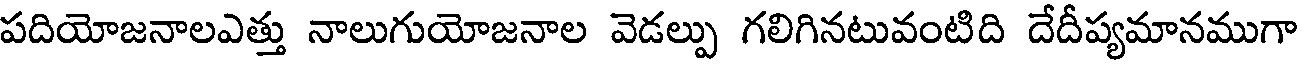
పదియోజనాలఎత్తు నాలుగుయోజనాల వెడల్పు గలిగినటువంటిది దేదీప్యమానముగా